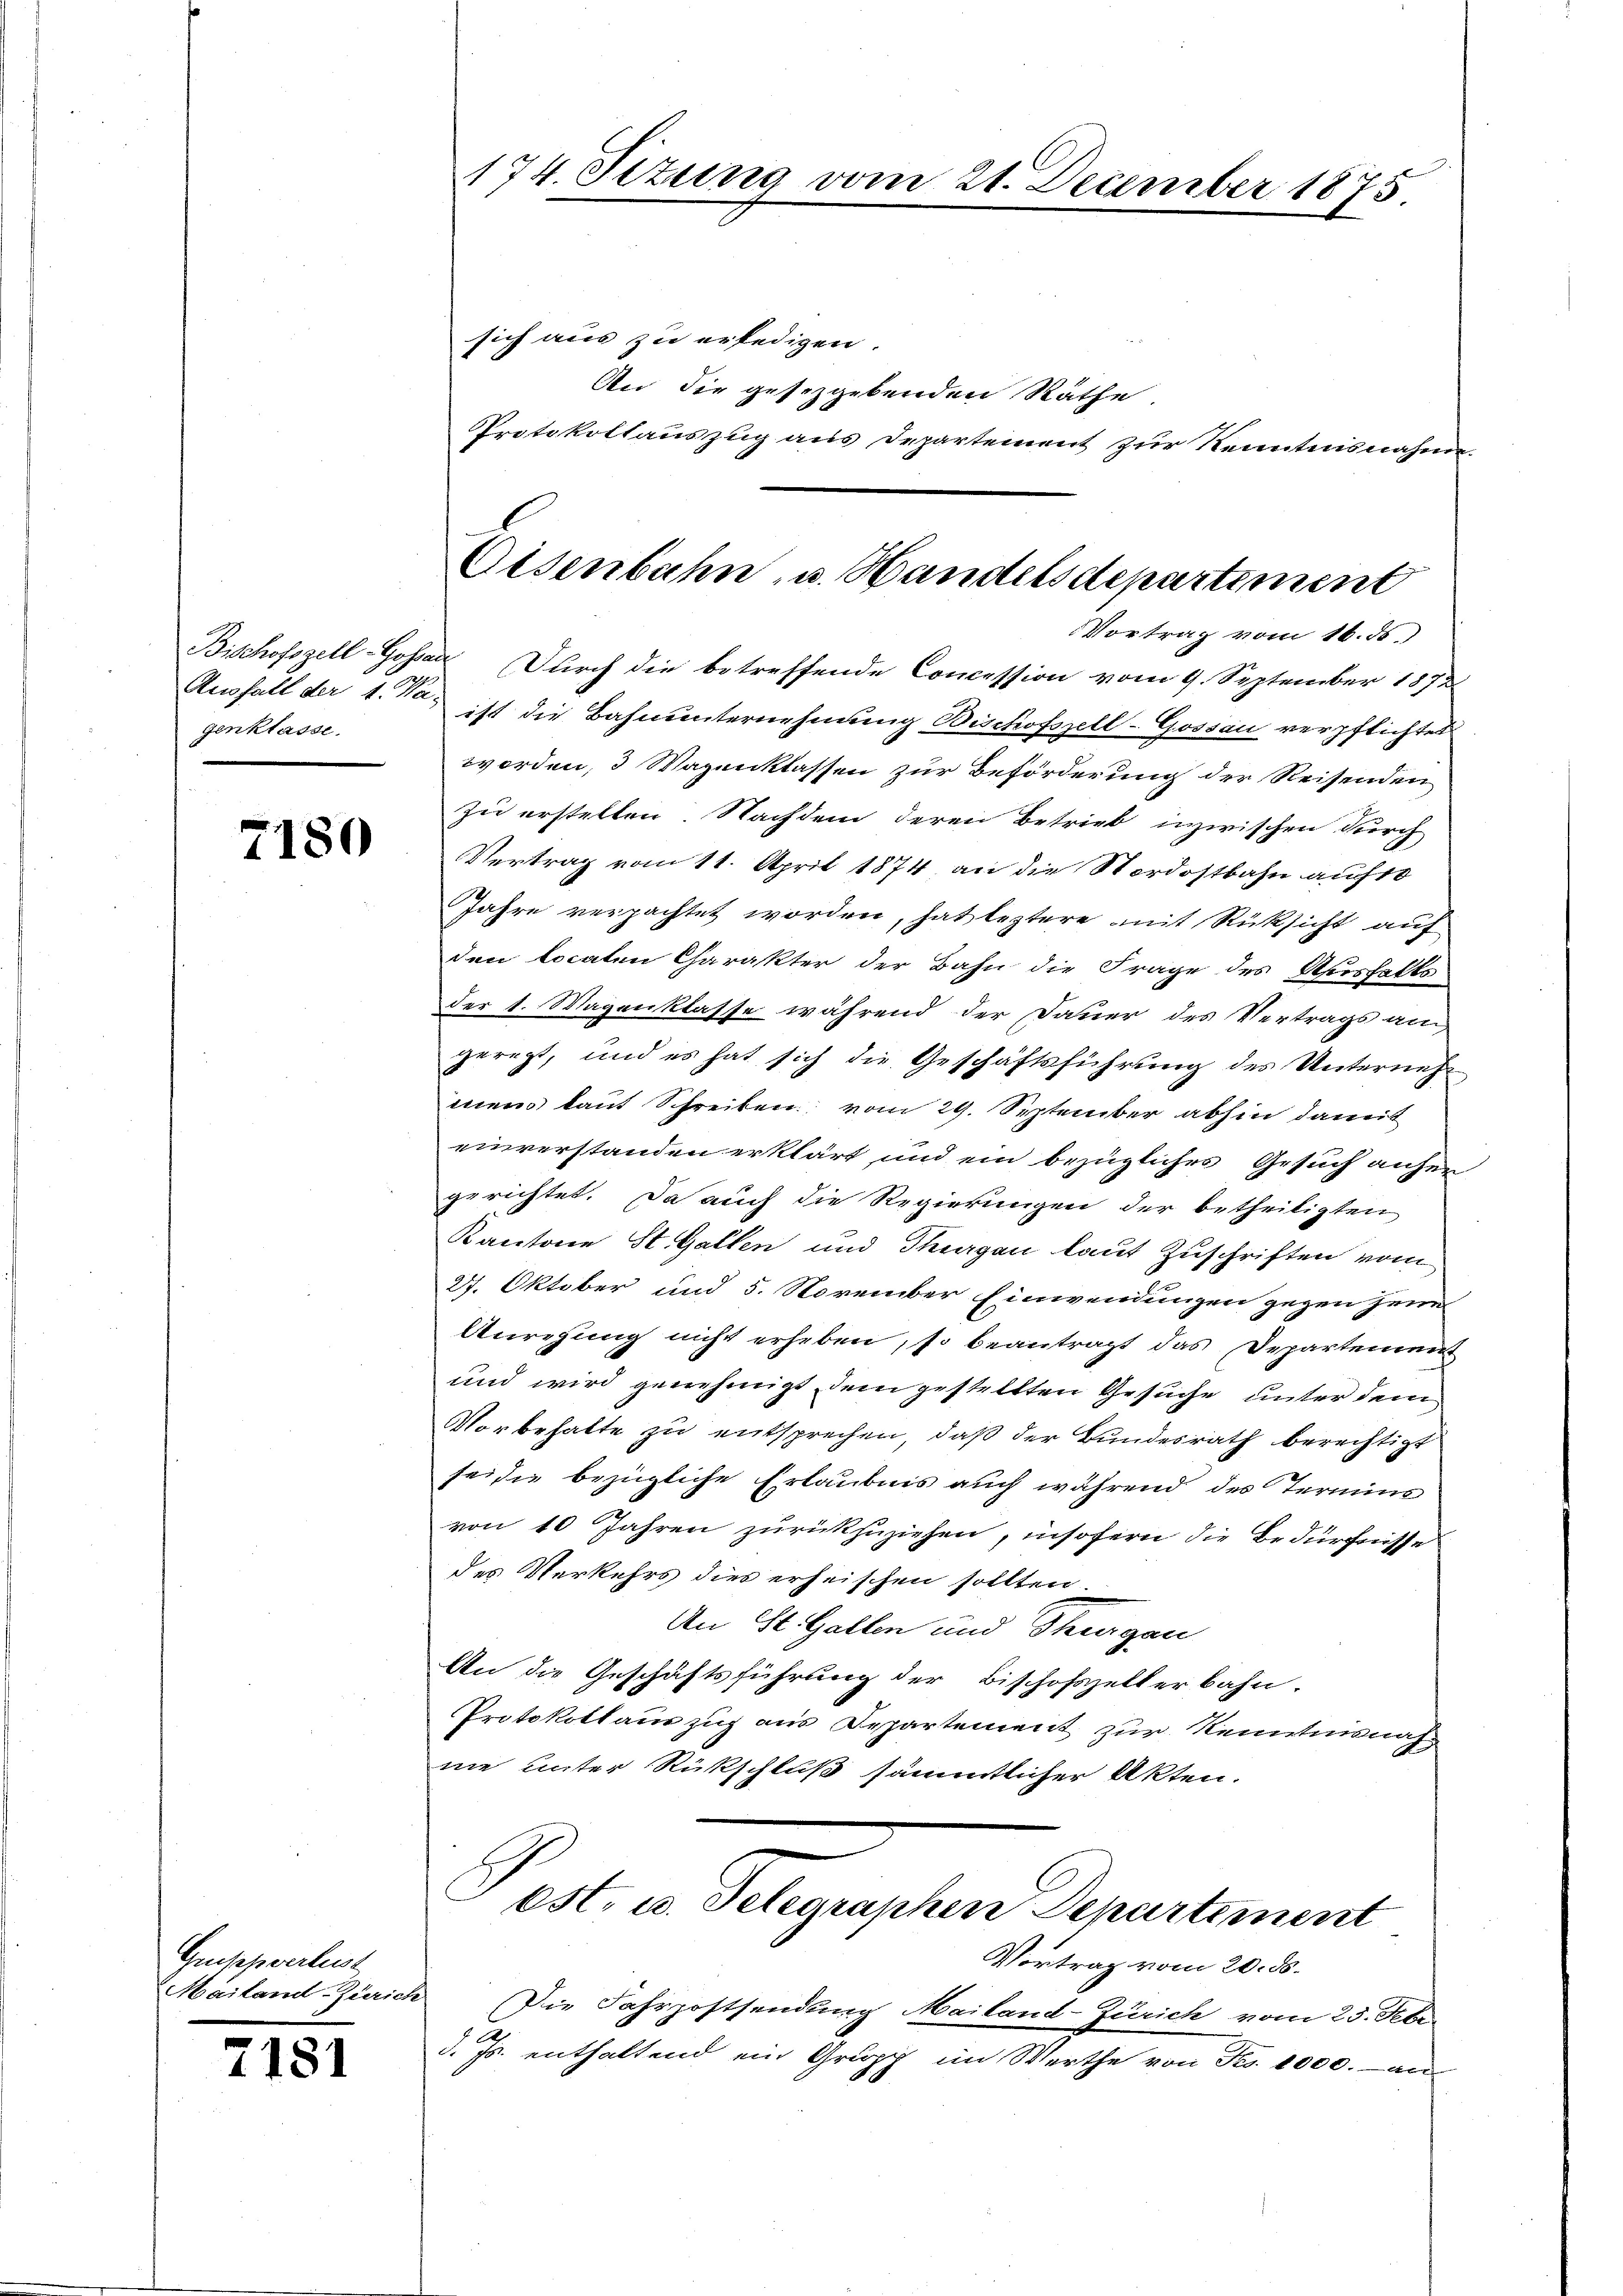
genklasse.

7180

Gruppverlust
Mailand-Zürich

7181

174. Situng vom 21. December 1875

sich aus zu erledigen.
An die gesezgebenden Räthe,
Protokollauszug aus Departement zur Kenntnisnahme.

Eisenbahn, u. Handelsdepartement
Vortrag vom 16. ds.

Bischofszell-Gossar Durch die betreffende Concession vom 9. September 1872
Ausfall der 1. Maist die Bahnunternehmung Bischofszell-Gossau verpflichtet
worden, 3 Wagenklassen zur Beförderung der Reisenden
zu erstellen. Nachdem deren Betrieb inzwischen durch
Vertrag vom 11. April 1874, an die Nordostbahn auf 10
Jahre verpachtet worden, hat leztere mit Rücksicht auf
den locaten Charakter der Bahn die Frage des Ausfalls
der 1. Wagenklasse während der Dauer des Vertrags am
geregt, und es hat sich die Geschäftsführung des Unternehmein laut Schreiben vom 29. September abhin damit
einverstanden erklärt und ein bezügliches Gesuch anher
gerichtet. Da auch die Regierungen der betheiligten
Kantone St. Gallen und Thurgau laut Zuschriften vom
27. Oktober und 5. November Einwendungen gegen jene
Anregung nicht erheben, so beantragt das Departemen
und wird genehmigt dem gestellten Gesuche unter dem
Vorbehalte zu entsprechen, daß der Bundesrath berechtigt
seide bezügliche Erlaubnis auch während des Termino
von 10 Jahren zurückzuziehen, insofern die Bedürfnisses
des Verkehrs dies erheischen sollten.
An St. Gallen und Thurgau
An die Geschäftsführung der Bischofszellerbahn-
Protokollauszug aus Departement zur Kenntnisnah
ne unter Rückschluß sämmtlicher Akten.

est. u. Telegraphen Departement
Vortrag vom 20. ds.

Die Fahrpostsendung Mailand-Zürich vom 23. Febr.
d. Js. enthaltend ein Grupp im Werthe von Frs. 1000.- an